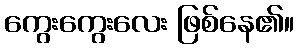
ကွေးကွေးလေး ဖြစ်နေ၏။